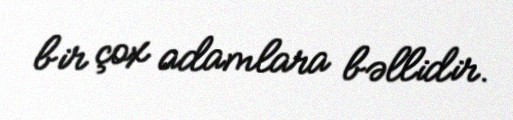
bir çox adamlara bəllidir.